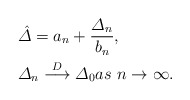
\begin{align*} &\hat{\varDelta} = a_n + \frac{\varDelta_{n}}{b_n},\\&\varDelta_{n} \stackrel{D} \longrightarrow \varDelta_0 as \ n \rightarrow\infty.\end{align*}